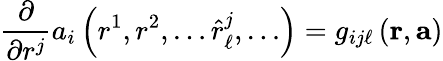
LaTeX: \frac{\partial}{\partial r^{j}}a_{i}\left(r^{1},r^{2},\dots\hat{r}_{\ell}^{j},\dots\right)=g_{ij\ell}\left(\mathbf{r},\mathbf{a}\right)